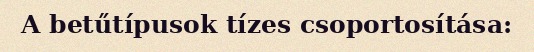
A betűtípusok tízes csoportosítása: